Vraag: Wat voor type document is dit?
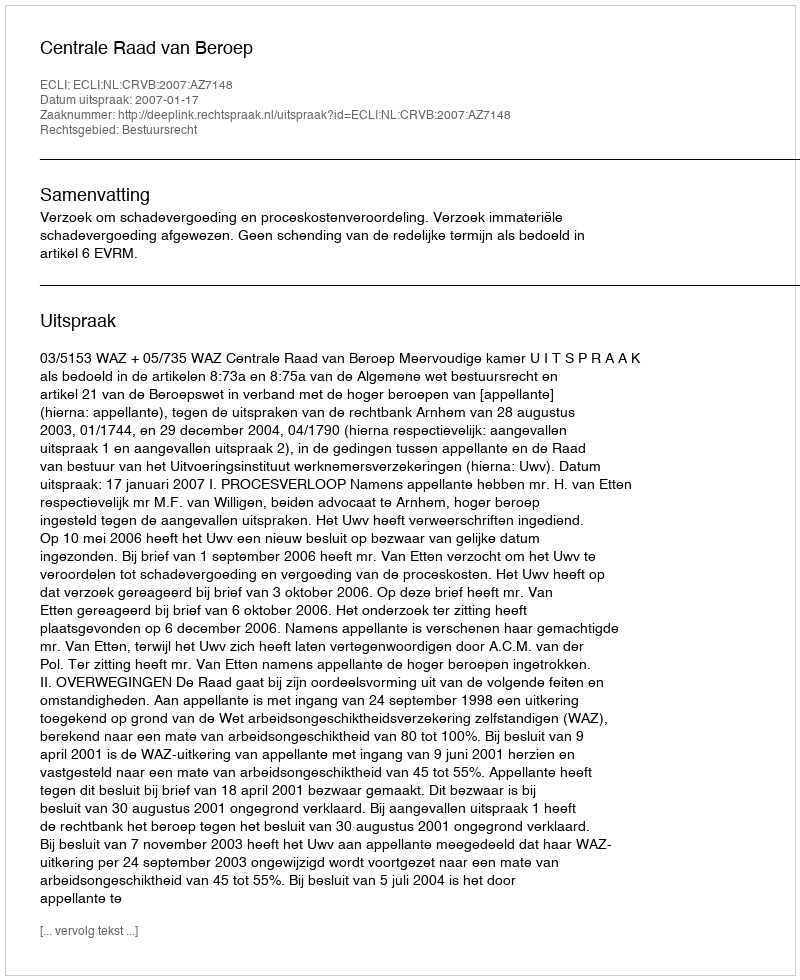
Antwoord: Uitspraak